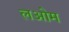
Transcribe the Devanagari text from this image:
लओम